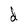
Character: d